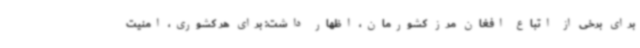
برای برخی از اتباع افغان مرز کشورمان، اظهار داشت: برای هر کشوری، امنیت